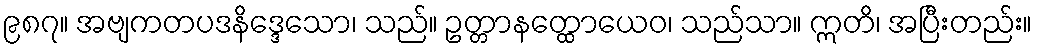
၉၈၇။ အဗျကတပဒနိဒ္ဒေသော၊ သည်။ ဥတ္တာနတ္ထောယေဝ၊ သည်သာ။ ဣတိ၊ အပြီးတည်း။